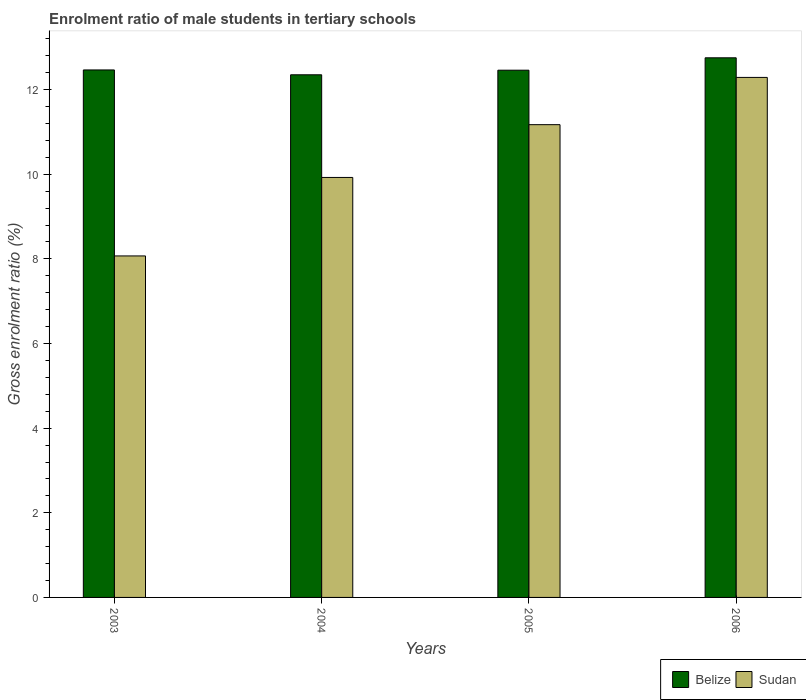
| Years | Belize | Sudan |
 | --- | --- | --- |
 | 2003 | 12.5 | 8.07 |
 | 2004 | 12.4 | 9.92 |
 | 2005 | 12.5 | 11.2 |
 | 2006 | 12.8 | 12.3 |